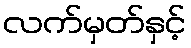
လက်မှတ်နှင့်